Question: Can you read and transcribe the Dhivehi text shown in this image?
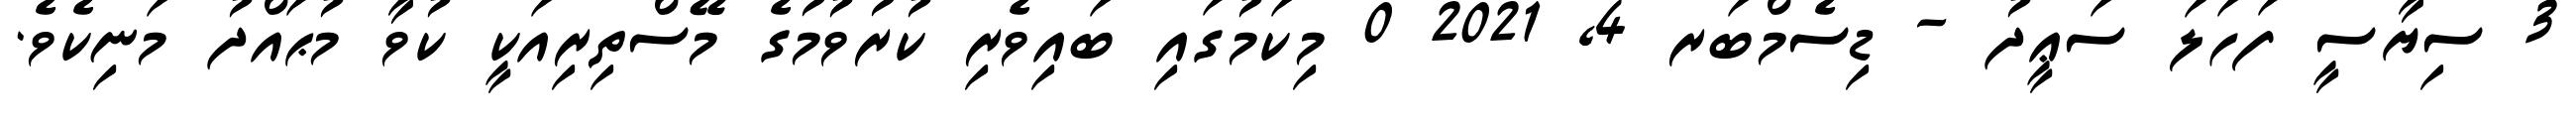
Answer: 3 ސިޔާސީ ފަހަލަ ސަޢީދު - ޑިސެމްބަރ 4, 2021 0 މިކަމުގައި ބައިވެރި ކުރުވުމުގެ މޭސްތިރިއަކީ ކުވާ މުޙައްދު މަނިކެވެ.